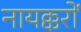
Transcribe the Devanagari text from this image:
नायक्करों